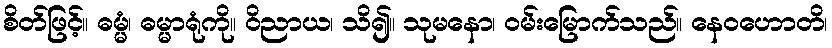
စိတ်ဖြင့်။ ဓမ္မံ၊ ဓမ္မာရုံကို။ ဝိညာယ၊ သိ၍။ သုမနော၊ ဝမ်းမြောက်သည်။ နေဝဟောတိ၊